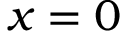
x = 0